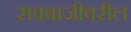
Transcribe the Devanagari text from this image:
रावबाजीवरील